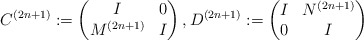
\begin{align*} C^{(2n+1)}&:= \begin{pmatrix} I & 0 \\ M^{(2n+1)} & I \end{pmatrix}, D^{(2n+1)}:= \begin{pmatrix} I & N^{(2n+1)} \\ 0 & I \end{pmatrix}\end{align*}